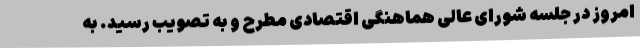
امروز در جلسه شورای عالی هماهنگی اقتصادی مطرح و به تصویب رسید. به